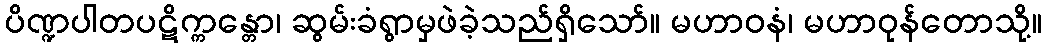
ပိဏ္ဍပါတပဋိက္ကန္တော၊ ဆွမ်းခံရွာမှဖဲခဲ့သည်ရှိသော်။ မဟာဝနံ၊ မဟာဝုန်တောသို့။